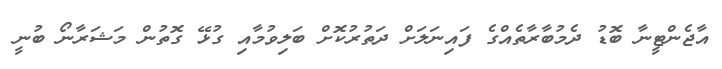
އާޖެންޓީނާ ބޮޑު ދެމުބާރާތެއްގެ ފައިނަލަށް ދަތުރުކޮށް ބަލިވުމާއި ގުޅޭ ގޮތުން މަޝަރާނޯ ބުނީ